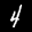
Label: 4